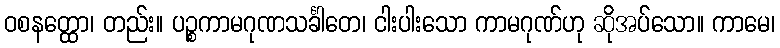
ဝစနတ္ထော၊ တည်း။ ပဉ္စကာမဂုဏသင်္ခါတေ၊ ငါးပါးသော ကာမဂုဏ်ဟု ဆိုအပ်သော။ ကာမေ၊